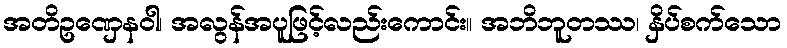
အတိဥဏှေနဝါ၊ အလွန်အပူဖြင့်လည်းကောင်း။ အဘိဘူတဿ၊ နှိပ်စက်သော